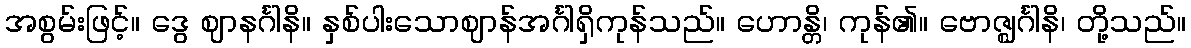
အစွမ်းဖြင့်။ ဒွေ ဈာနင်္ဂါနိ။ နှစ်ပါးသောဈာန်အင်္ဂါရှိကုန်သည်။ ဟောန္တိ၊ ကုန်၏။ ဗောဇ္ဈင်္ဂါနိ၊ တို့သည်။